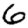
Digit: 6